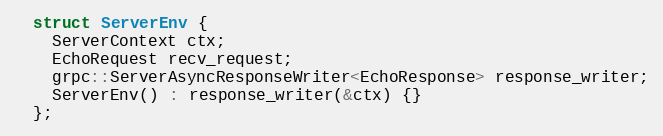
Language: C
  struct ServerEnv {
    ServerContext ctx;
    EchoRequest recv_request;
    grpc::ServerAsyncResponseWriter<EchoResponse> response_writer;
    ServerEnv() : response_writer(&ctx) {}
  };